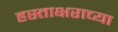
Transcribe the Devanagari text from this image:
हस्ताक्षराच्या